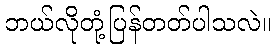
ဘယ်လိုတုံ့ပြန်တတ်ပါသလဲ။